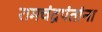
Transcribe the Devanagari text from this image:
रामचंद्रपंतांना